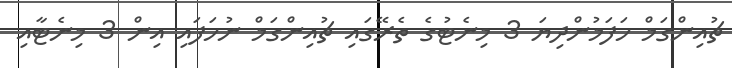
ޗުއިންގަމް ހަފަމުންދިޔަ 3 މިނެޓުގެ ތެރޭގައި ޗުއިންގަމް ނުހަފައި އިން 3 މިނެޓާއި